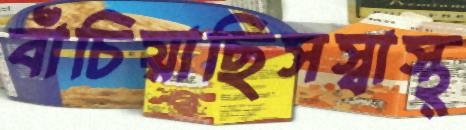
বাঁচিয়াছিসস্বাস্থ্